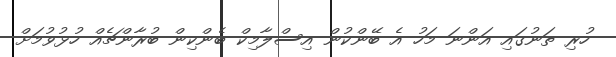
ހުރި ތަނުގައި އަންނަ މަހު އެ ބޭންކުން އިސްލާމިކް ބެންކިން ބުރާންޗެއް ހުޅުވުމަށް